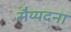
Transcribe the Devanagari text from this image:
सैय्यदना